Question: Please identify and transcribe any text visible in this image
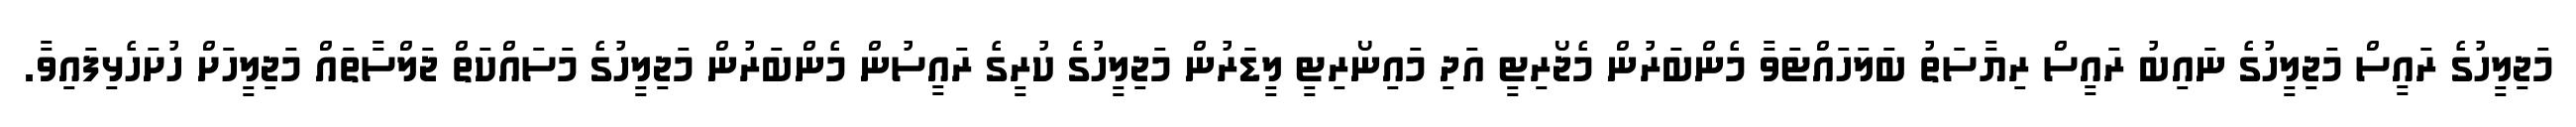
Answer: މަޖިލީހުގެ ރައީސް މަޖިލީހުގެ ނައިބު ރައީސް ރިޔާސަތު ބަލަހައްޓަވާ މެންބަރުން މެޖޯރިޓީ އަދި މައިނޯރިޓީ ލީޑަރުން މަޖިލީހުގެ ކުރީގެ ރައީސުން މެންބަރުން މަޖިލީހުގެ މަސައްކަތް ޖަލްސާތައް މަޖިލީހަށް ހުށަހެޅިފައިވާ.